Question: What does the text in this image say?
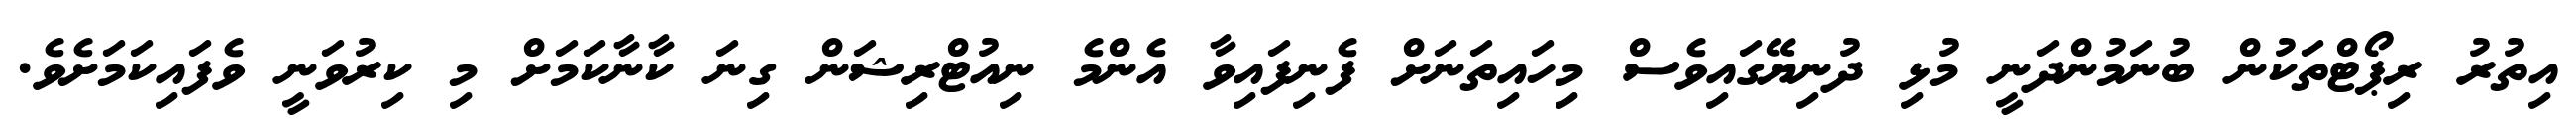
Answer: އިތުރު ރިޕޯޓްތަކުން ބުނަމުންދަނީ މުޅި ދުނިޔޭގައިވެސް މިހައިތަނަށް ފެނިފައިވާ އެންމެ ނިއުޓްރިޝަން ގިނަ ކާނާކަމަށް މި ކިރުވަނީ ވެފައިކަމަށެވެ.